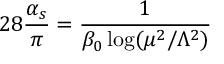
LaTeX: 2 8 \frac { \alpha _ { s } } { \pi } = \frac { 1 } { \beta _ { 0 } \log ( \mu ^ { 2 } / \Lambda ^ { 2 } ) }